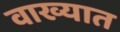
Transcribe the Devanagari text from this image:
वाख्यात